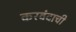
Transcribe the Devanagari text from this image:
करवंदाची